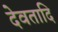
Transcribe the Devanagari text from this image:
देवतादि